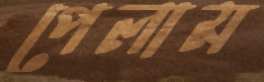
পেলাম